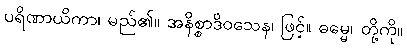
ပရိဏာယိကာ၊ မည်၏။ အနိစ္စာဒိဝသေန၊ ဖြင့်။ ဓမ္မေ၊ တို့ကို။